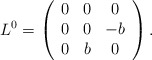
\begin{align*}L^0 =\left(\begin{array}{ccc}0 & 0 & 0 \\0 & 0 &-b \\0 & b & 0\end{array}\right).\end{align*}